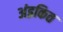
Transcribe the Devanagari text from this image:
अंइकित